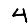
Digit: 4